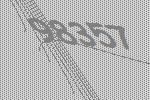
98357